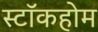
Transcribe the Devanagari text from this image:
स्टाॅकहोम